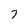
Character: 7